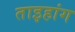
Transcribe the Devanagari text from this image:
ताइहांग